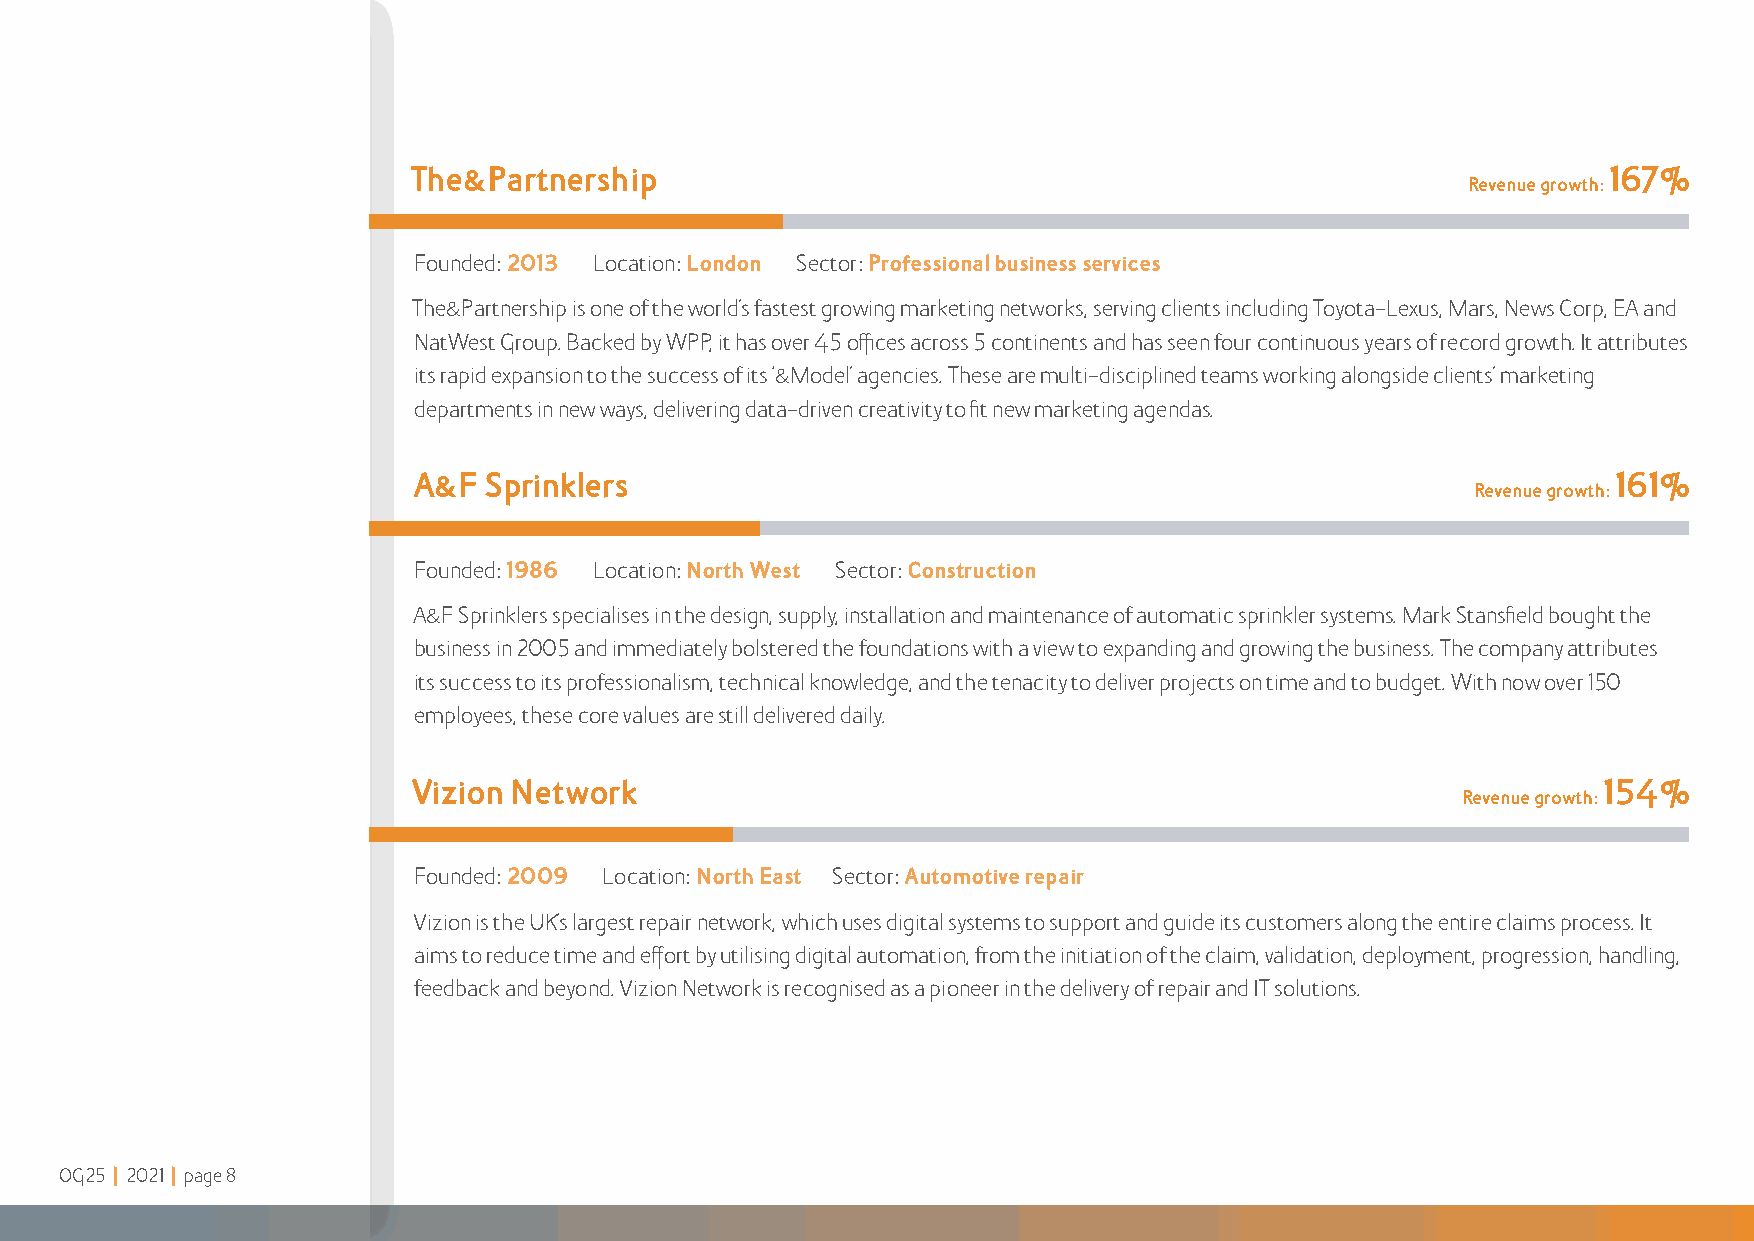
The&Partnership                                                                 167%
 Revenue growth:
 Founded: 2013 Location: London Sector: Professional business services
 The&Partnership is one of the world’s fastest growing marketing networks, serving clients including Toyota-Lexus, Mars, News Corp, EA and
 NatWest Group Backed by WPP, it has over 45 offices across 5 continents and has seen four continuous years of record growth It attributes
 its rapid expansion to the success of its ‘&Model’ agencies These are multi-disciplined teams working alongside clients’ marketing
 departments in new ways, delivering data-driven creativity to fit new marketing agendas
 A&F  Sprinklers                                                                 161%
 Revenue growth:
 Founded: 1986 Location: North West Sector: Construction
 A&F Sprinklers specialises in the design, supply, installation and maintenance of automatic sprinkler systems Mark Stansfield bought the
 business in 2005 and immediately bolstered the foundations with a view to expanding and growing the business The company attributes
 its success to its professionalism, technical knowledge, and the tenacity to deliver projects on time and to budget With now over 150
 employees, these core values are still delivered daily
 Vizion Network                                                                 154%
 Revenue growth:
 Founded: 2009 Location: North East Sector: Automotive repair
 Vizion is the UK’s largest repair network, which uses digital systems to support and guide its customers along the entire claims process It
 aims to reduce time and effort by utilising digital automation, from the initiation of the claim, validation, deployment, progression, handling,
 feedback and beyond Vizion Network is recognised as a pioneer in the delivery of repair and IT solutions
 OG25 | 2021 | page 8